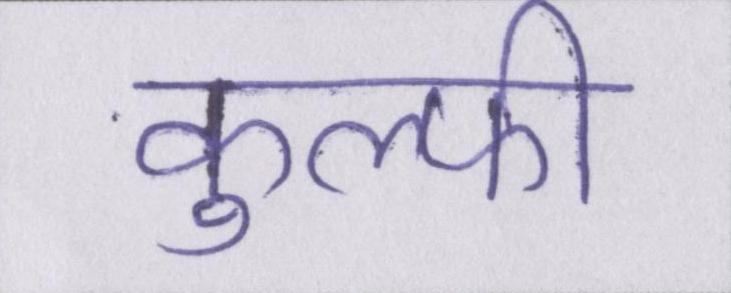
कुल्फी